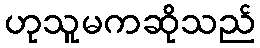
ဟုသူမကဆိုသည်